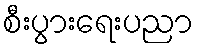
စီးပွားရေးပညာ